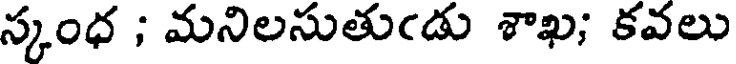
స్కంధ ; మనిలసుతుఁడు శాఖ; కవలు